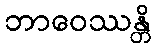
ဘာဝေဿန္တိ